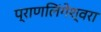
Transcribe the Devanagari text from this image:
प्राणलिंगेश्‍वरा